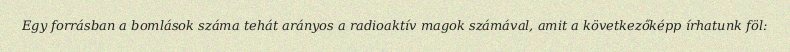
Egy forrásban a bomlások száma tehát arányos a radioaktív magok számával, amit a következőképp írhatunk föl: